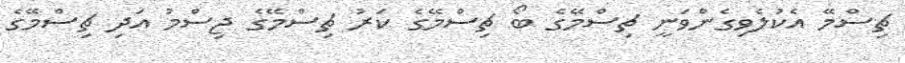
ޗިސްމޭ އެކުލެވިގެންވަނީ ޗިސްމޭގެ ބޯ ޗިސްމޭގެ ކަރު ޗިސްމޭގެ ޖިސްމު އަދި ޗިސްމޭގެ